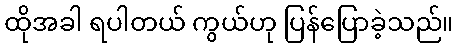
ထိုအခါ ရပါတယ် ကွယ်ဟု ပြန်ပြောခဲ့သည်။